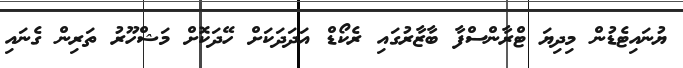
ޔުނައިޓެޑުން މިދިޔަ ޓްރާންސްފާ ބާޒާރުގައި ރެކޯޑް އަދަދަކަށް ހޭދަކޮށް މަޝްހޫރު ތަރިން ގެނައި